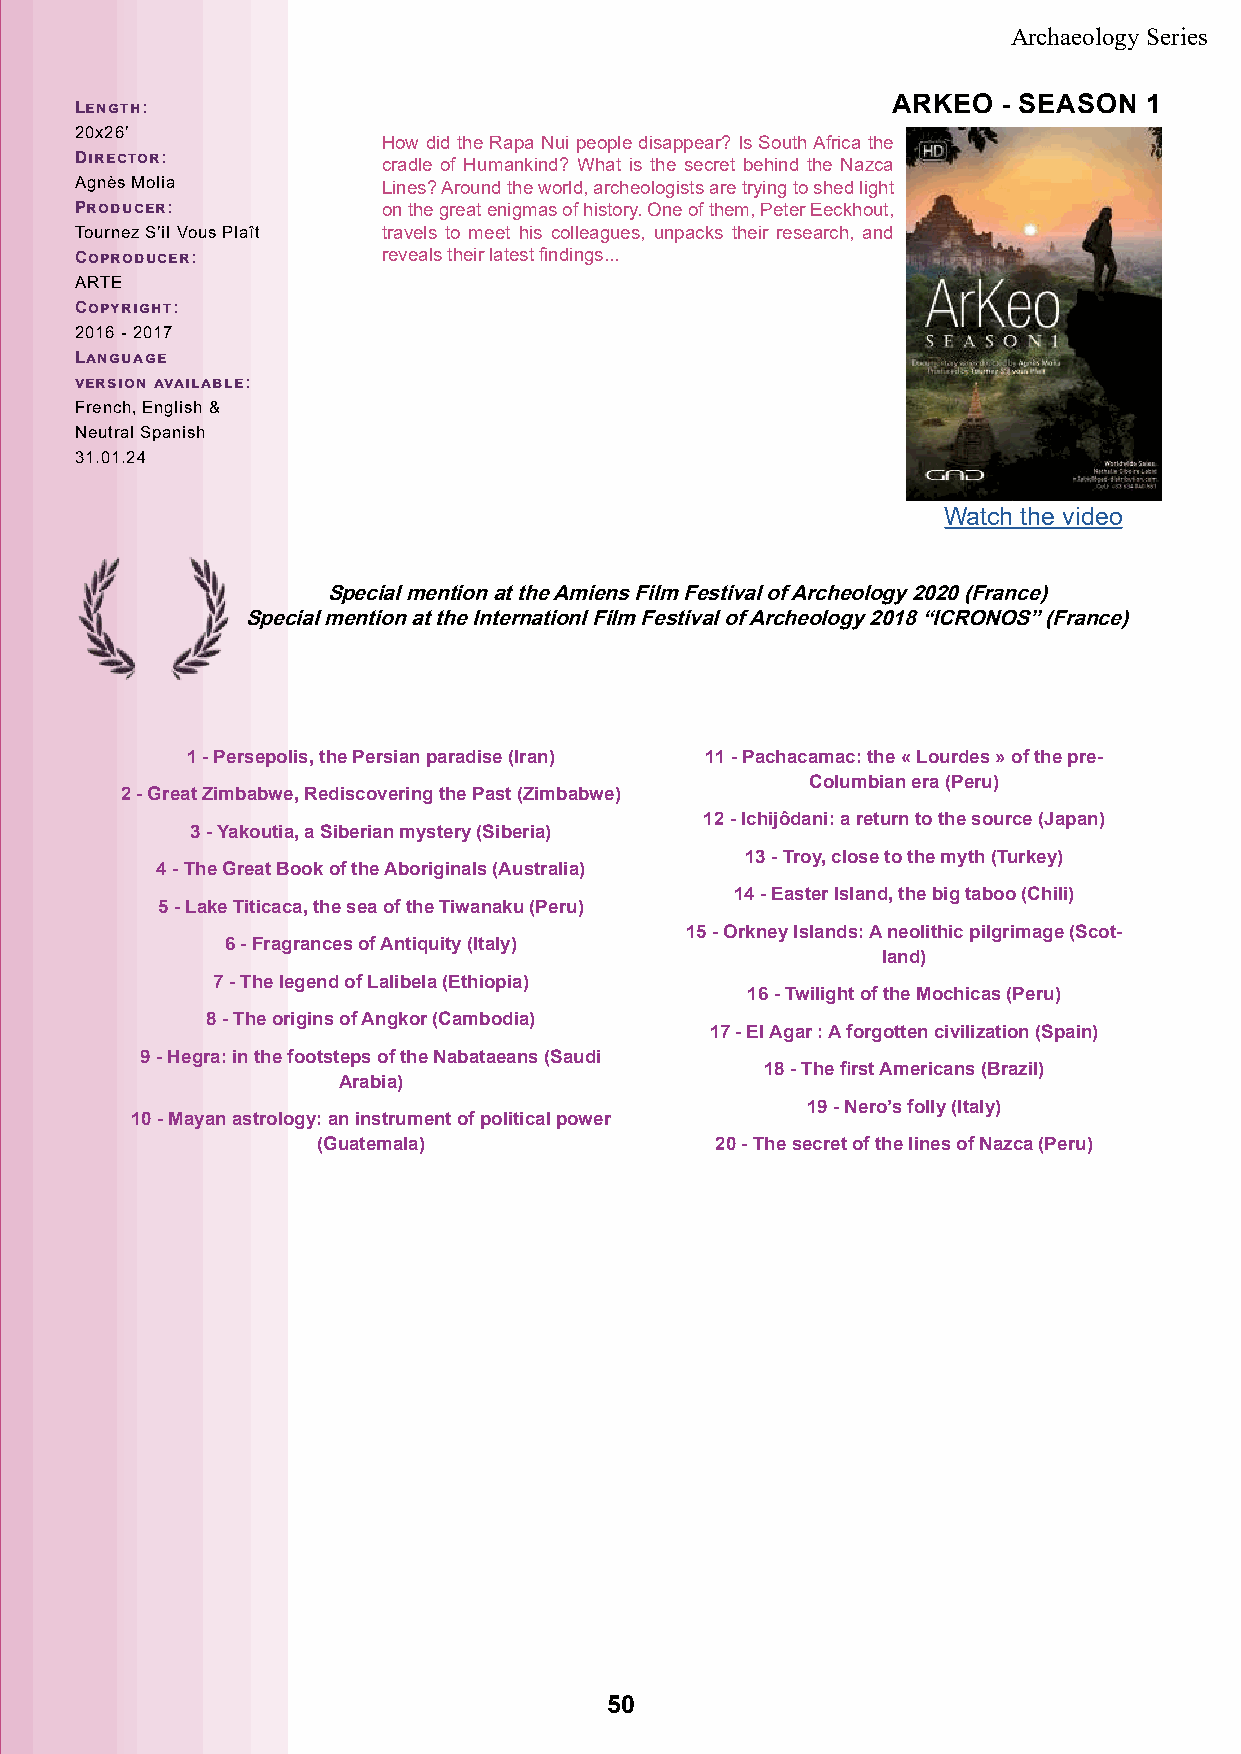
Archaeology Series
 ARKEO  - SEASON  1
 Length:
 20x26’
 How did the Rapa Nui people disappear? Is South Africa the
 Director:
 cradle of Humankind? What is the secret behind the Nazca
 Agnès Molia         Lines? Around the world, archeologists are trying to shed light
 Producer:           on the great enigmas of history. One of them, Peter Eeckhout,
 Tournez S’il Vous Plaît travels to meet his colleagues, unpacks their research, and
 Coproducer:         reveals their latest findings...
 ARTE
 Copyright:
 2016 - 2017
 Language
 version available:
 French, English &
 Neutral Spanish
 31.01.24
 Watch the video
 Special mention at the Amiens Film Festival of Archeology 2020 (France)
 Special mention at the Internationl Film Festival of Archeology 2018 “ICRONOS” (France)
 1 - Persepolis, the Persian paradise (Iran) 11 - Pachacamac: the « Lourdes » of the pre-
 Columbian era (Peru)
 2 - Great Zimbabwe, Rediscovering the Past (Zimbabwe)
 12 - Ichijôdani: a return to the source (Japan)
 3 - Yakoutia, a Siberian mystery (Siberia)
 13 - Troy, close to the myth (Turkey)
 4 - The Great Book of the Aboriginals (Australia)
 14 - Easter Island, the big taboo (Chili)
 5 - Lake Titicaca, the sea of the Tiwanaku (Peru)
 15 - Orkney Islands: A neolithic pilgrimage (Scot-
 6 - Fragrances of Antiquity (Italy)
 land)
 7 - The legend of Lalibela (Ethiopia)
 16 - Twilight of the Mochicas (Peru)
 8 - The origins of Angkor (Cambodia)
 17 - El Agar : A forgotten civilization (Spain)
 9 - Hegra: in the footsteps of the Nabataeans (Saudi
 18 - The first Americans (Brazil)
 Arabia)
 19 - Nero’s folly (Italy)
 10 - Mayan astrology: an instrument of political power
 (Guatemala)               20 - The secret of the lines of Nazca (Peru)
 50